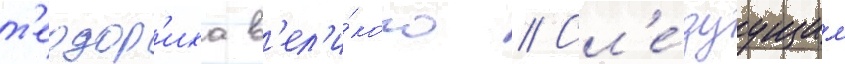
т'еодор'иха в'ел'и́кого // Сл'е́дуущим